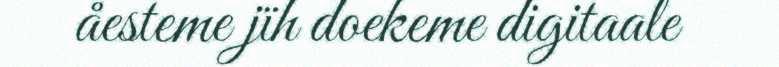
åesteme jïh doekeme digitaale